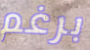
برغم